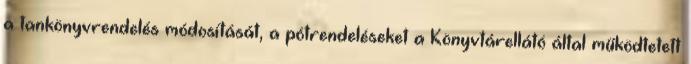
a tankönyvrendelés módosítását, a pótrendeléseket a Könyvtárellátó által működtetett